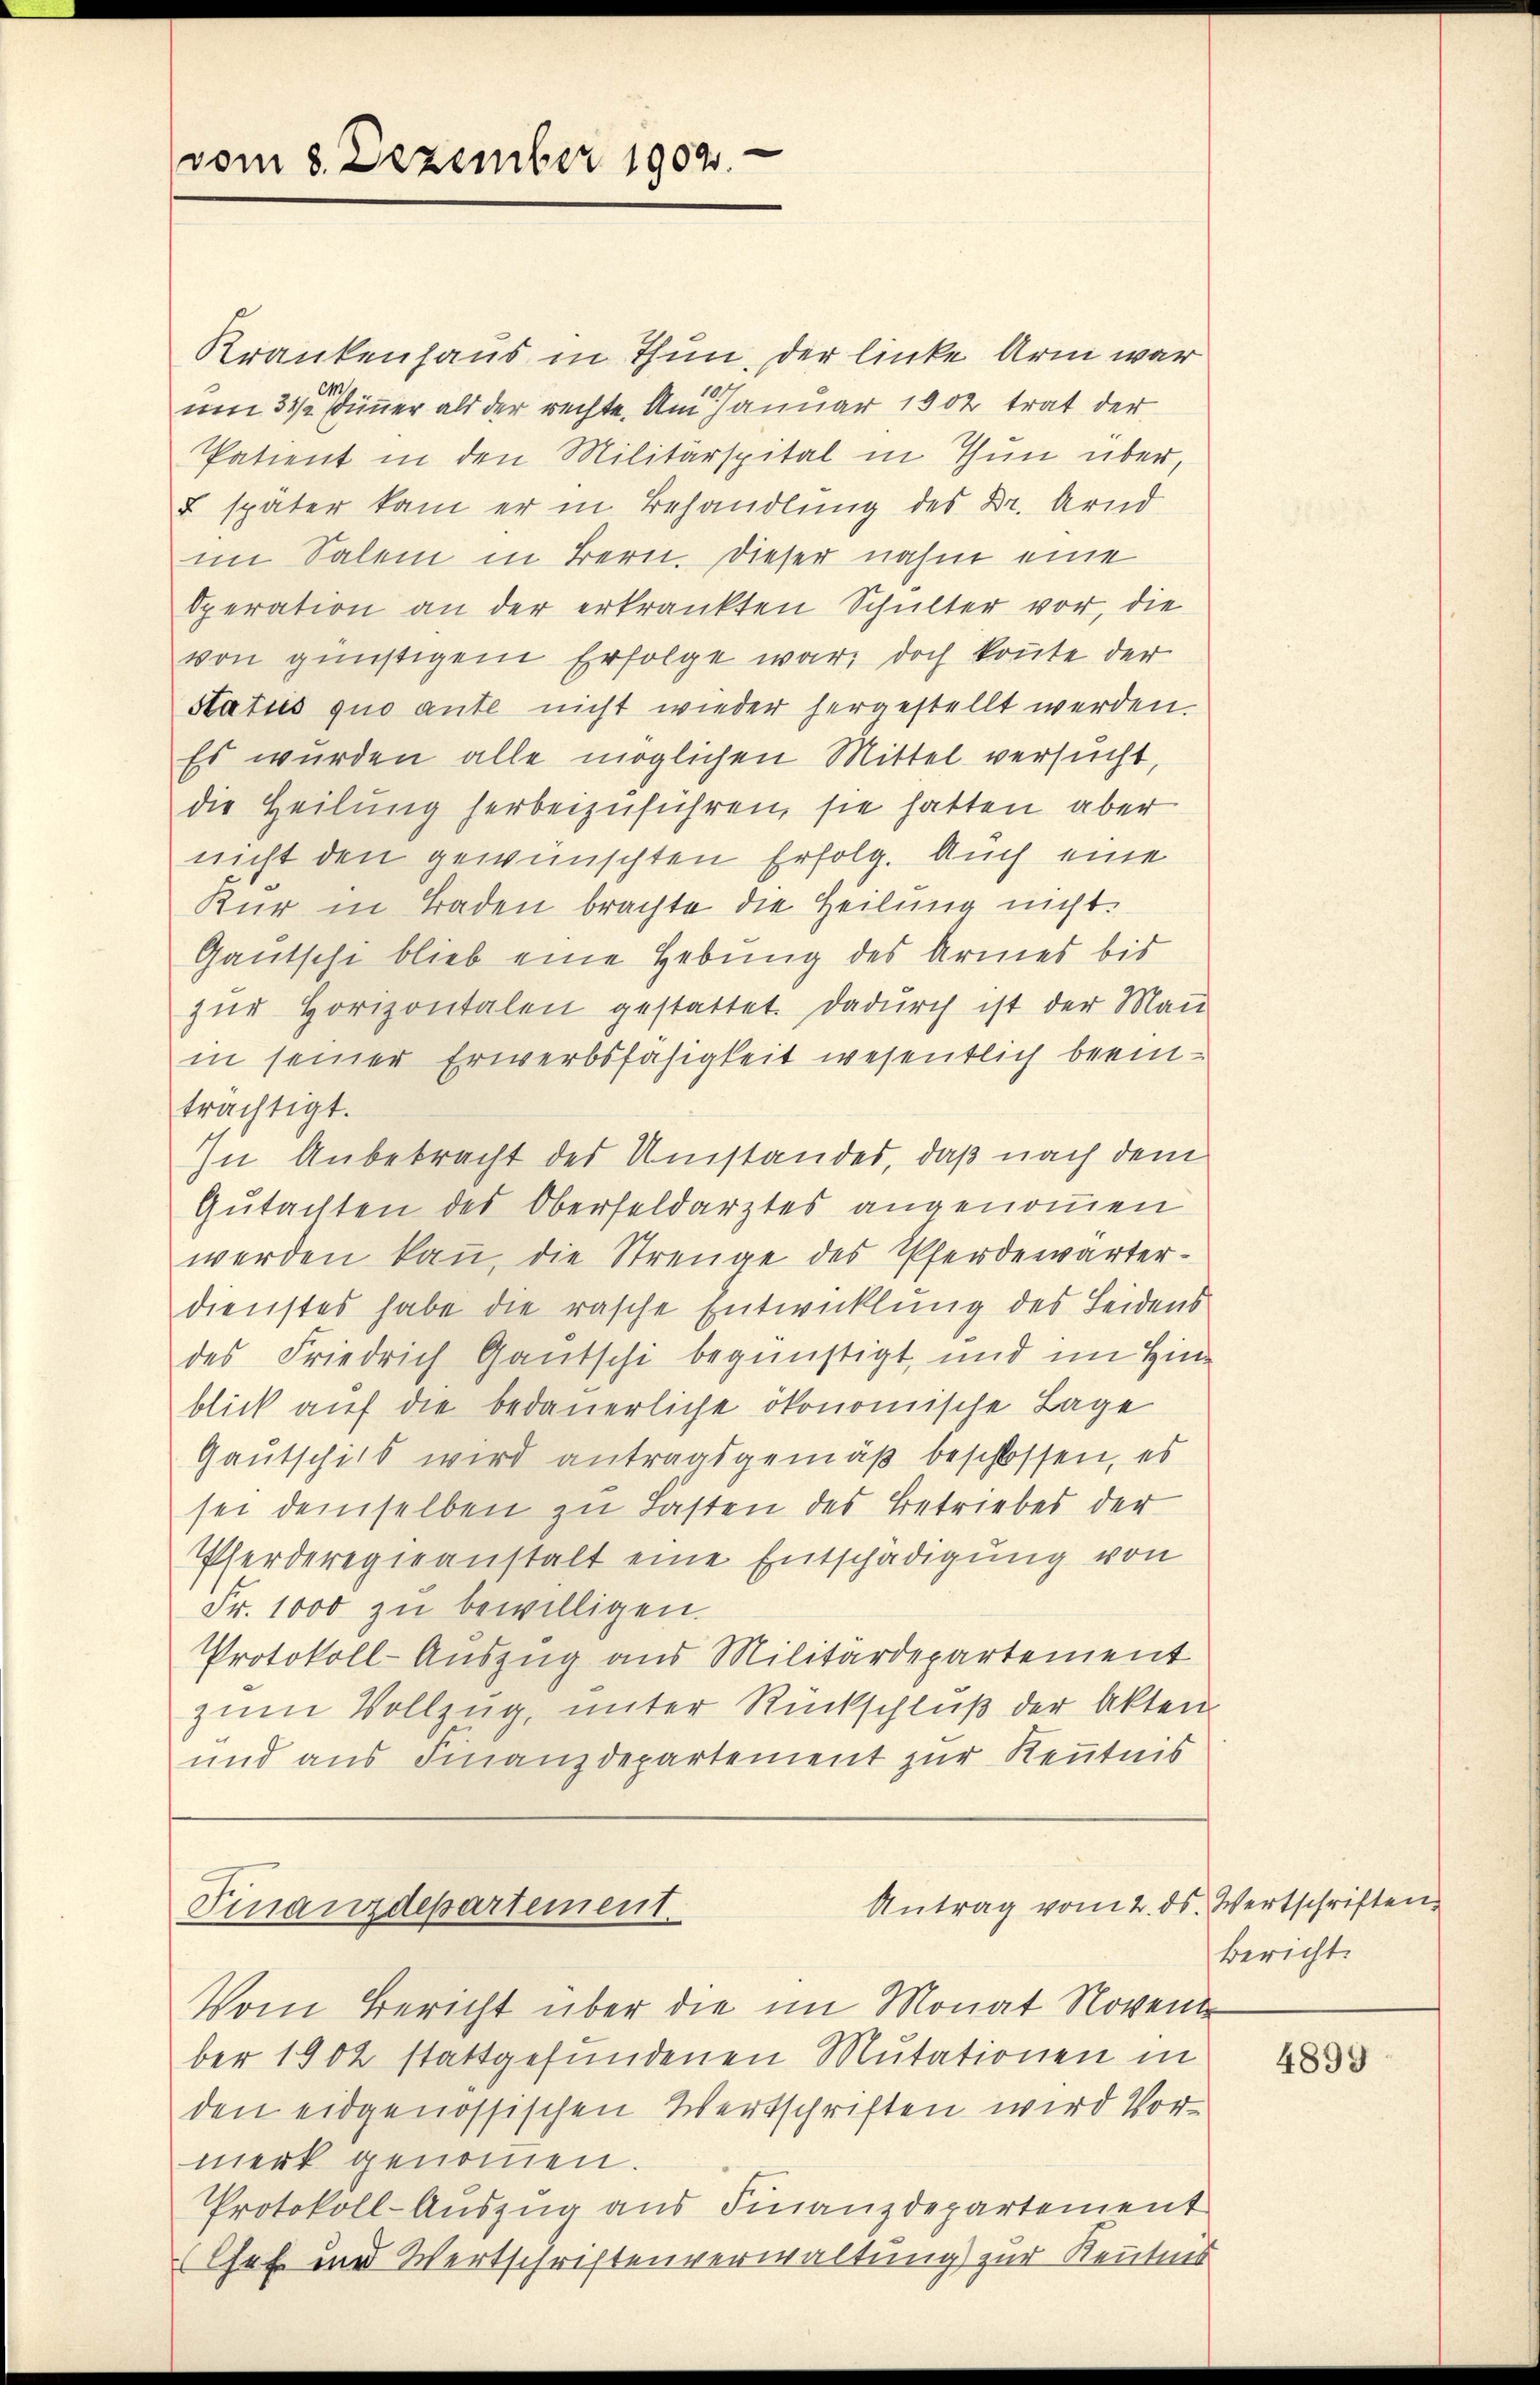
vom 8. Dezember 1902.

Krankenhaus in Thun, der linke Arm war
um 31 einer als der rechte. Am Januar 1902 trat der
Patient in den Militärspital in Thun über,
L später kam er in Behandlung des Dr. Arnd
im Salem in Bern. Dieser nahm eine
Operation an der erkrankten Schulter vor, die
von günstigem Erfolge war, doch konnte der
Status quo ante nicht wieder hergestellt werden.
Es wurden alle möglichen Mittel versucht,
die Heilung herbeizuführen, sie hatten aber
nicht den gewünschten Erfolg. Auch eine
Kur in Baden brachte die Heilung nicht.
Gautsche blieb eine Hebung des Armes bis
zur Horizontalen gestattet. Dadurch ist der Mau
in seiner Erwerbsfähigkeit wesentlich beeinträchtigt.
In Anbetracht des Umstandes, daß nach dem
Gutachten des Oberfeldarztes angenommen
werden kann, die Strenge des Pferdewärterdienstes habe die rasche Entwicklung des Leidens
des Friedrich Gautschi begünstigt, und im Hinblick auf die bedauerliche ökonomische Lage
Gautschils wird antragsgemäß beschlossen, es
sei demselben zu Lasten des Betriebes der
Pferderegieanstalt eine Entschädigung von
Fr. 1000 zu bewilligen.
Protokoll-Auszug aus Militärdepartement
zum Vollzug, unter Rückschluß der Akten.
und aus Finanzdepartement zur Kenntnis

Antrag vom 2. ds. Wertschriften.
Finanzdepartement.

Vom Bericht über die im Monat Novent
ber 1902 stattgefundenen Mutationen in
den eidgenössischen Wertschriften wird Vormerk genommen.
Protokoll-Auszug aus Finanzdepartement
(Chef und Wertschriftenverwaltung) zur Kenntnis

Bericht.

4899